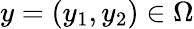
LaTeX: y=\left(\begin{array}{l}{y_{1},y_{2}}\end{array}\right)\in\Omega